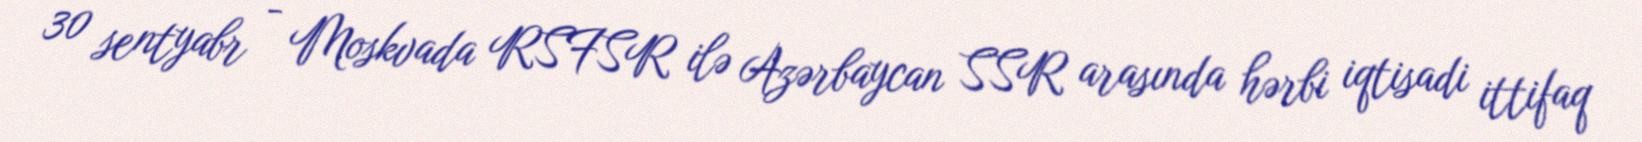
30 sentyabr - Moskvada RSFSR ilə Azərbaycan SSR arasında hərbi iqtisadi ittifaq